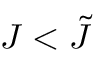
J < \tilde { J }